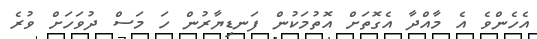
އެހެންވެ އެ މާއްދާ އެގޮތަށް އޮތުމަކުން ފަނޑިޔާރުން ހަ މަސް ދުވަހަށް ވުރެ